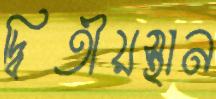
দ্বিতীয়স্থান